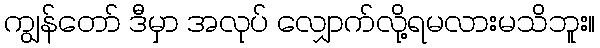
ကျွန်တော် ဒီမှာ အလုပ် လျှောက်လို့ရမလားမသိဘူး။